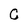
Character: C